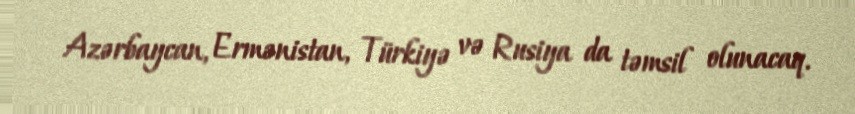
Azərbaycan, Ermənistan, Türkiyə və Rusiya da təmsil olunacaq.